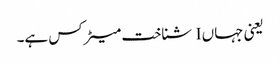
یعنی جہاں I شناخت میٹرکس ہے۔